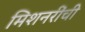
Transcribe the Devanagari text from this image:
मिशनरींची